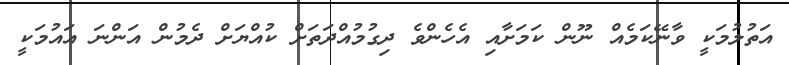
އަތުލުމަކީ ވާނޭކަމެއް ނޫން ކަމަށާއި އެހެންވެ ދިގުމުއްދަތަށް ކުއްޔަށް ދެމުން އަންނަ އައުމަކީ